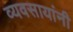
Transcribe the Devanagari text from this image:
व्यवसायांनी